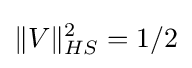
\|V\|_{HS}^{2}=1/2